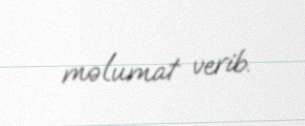
məlumat verib.